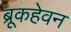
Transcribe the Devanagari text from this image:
ब्रूकहेवन